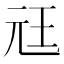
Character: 㒬